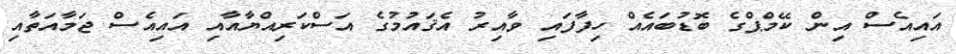
އައިއެސް އިން ކޭމްޕްގެ ބޮޑުބައެއް ހިފާފައި ވާއިރު އެޤައުމުގެ އަސްކަރިއްޔާއާއި އައިއެސް ޖަމާއަތާއި